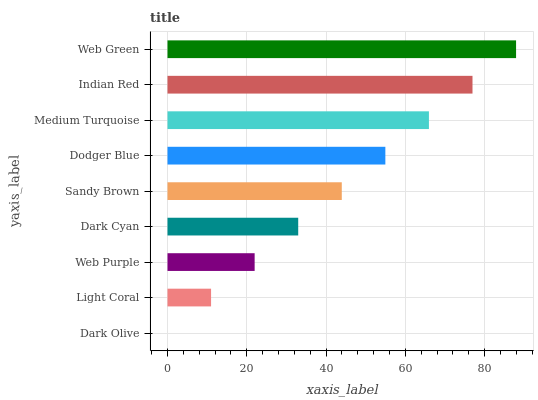
| yaxis_label | bars |
 | --- | --- |
 | Dark Olive | 0 |
 | Light Coral | 11 |
 | Web Purple | 22 |
 | Dark Cyan | 33 |
 | Sandy Brown | 44 |
 | Dodger Blue | 55 |
 | Medium Turquoise | 66 |
 | Indian Red | 77 |
 | Web Green | 87.9 |